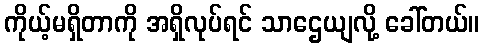
ကိုယ့်မရှိတာကို အရှိလုပ်ရင် သာဌေယျလို့ ခေါ်တယ်။